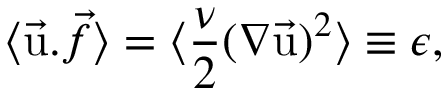
\langle \vec { \mathrm { u } } . \vec { f } \rangle = \langle { \frac { \nu } { 2 } } ( \nabla \vec { \mathrm { u } } ) ^ { 2 } \rangle \equiv \epsilon ,